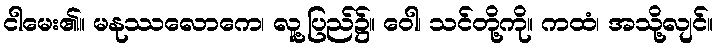
ငါမေး၏။ မနုဿလောကေ၊ လူ့ပြည်၌။ ဝေါ၊ သင်တို့ကို။ ကထံ၊ အသို့လျင်။